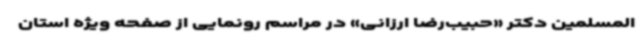
المسلمین دکتر «حبیب‌رضا ارزانی» در مراسم رونمایی از صفحه ویژه استان